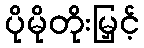
ပိုမိုတိုးမြှင့်